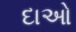
દાઓ